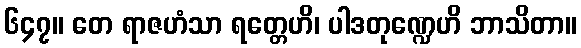
၆၄၇။ တေ ရာဇဟံသာ ရတ္တေဟိ၊ ပါဒတုဏ္ဍေဟိ ဘာသိတာ။